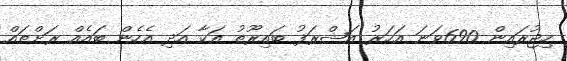
ހިޖުރައިން 690ވަނަ އަހަރު އަޝްރަފު ބައިރޫތު އަކާ އަދި އެހެން ބައެއް ރަށްތައް